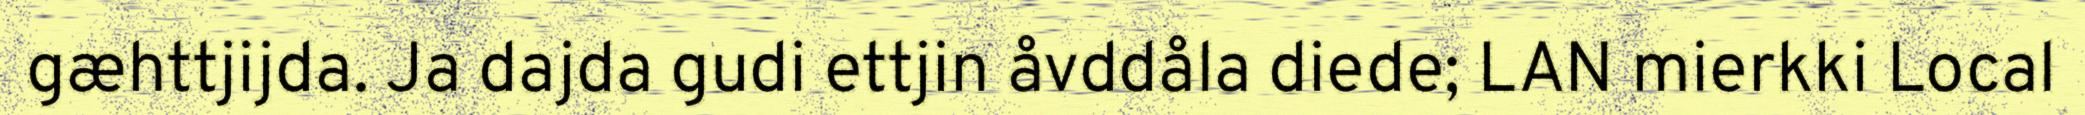
gæhttjijda. Ja dajda gudi ettjin åvddåla diede; LAN mierkki Local